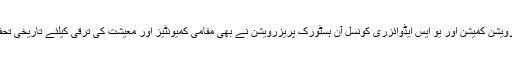
نیو یارک سٹی لینڈ مارک پریزرویشن کمیشن اور یو ایس ایڈوائزری کونسل آن ہسٹورک پریزرویشن نے بھی مقامی کمیونٹیز اور معیشت کی ترقی کیلئے تاریخی تحفظ کی اقدار کا اعتراف کیا ہے ۔